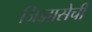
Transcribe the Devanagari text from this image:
जिज्ञासेची